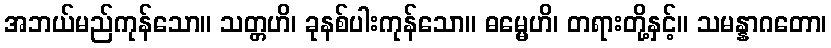
အဘယ်မည်ကုန်သော။ သတ္တဟိ၊ ခုနစ်ပါးကုန်သော။ ဓမ္မေဟိ၊ တရားတို့နှင့်။ သမန္နာဂတော၊